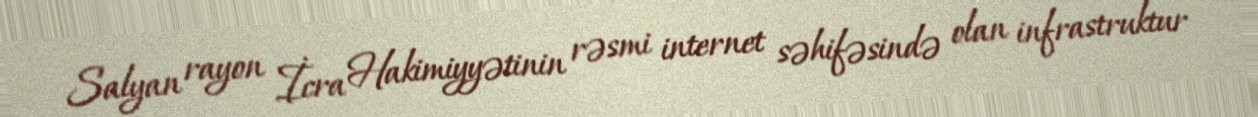
Salyan rayon İcra Hakimiyyətinin rəsmi internet səhifəsində olan infrastruktur